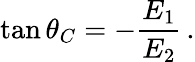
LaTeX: \tan\theta_{C}=-\frac{E_{1}}{E_{2}}\, .